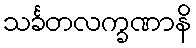
သင်္ခတလက္ခဏာနိ